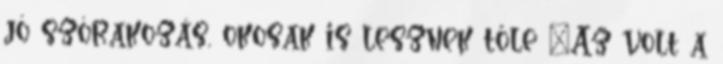
jó szórakozás, okosak is lesznek tőle "Az volt a